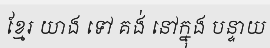
ខ្មែរ យាង ទៅ គង់ នៅក្នុង បន្ទាយ